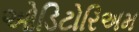
ઓડિટોરિઅમ